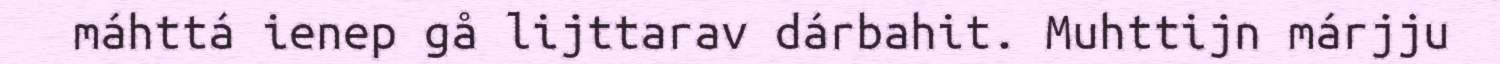
máhttá ienep gå lijttarav dárbahit. Muhttijn márjju